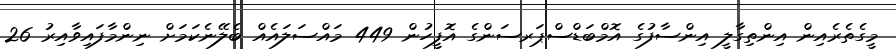
މީގެތެރެއިން އިންތިގާލީ އިންސާފުގެ އޮމްބަޑްސްޕަރސަންގެ އޮފީހުން 449 މައްސަލައެއް ބެލޭނެކަމަށް ނިންމާފައިވާއިރު 26